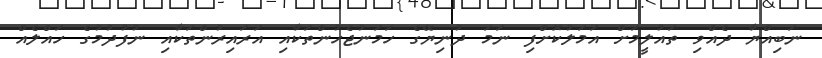
ނަބިއްޔާ ދެއްވި ތައުލީމަށް އަމަލުކޮށްފި ނަމަ ދުނިޔޭގެ ހަމަނުޖެހުންތަކާއި އަރައިރުންތަކާއި ނުފުދުމުގެ ހައްލެއް